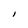
Character: l